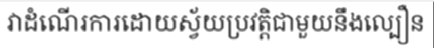
វាដំណើរការដោយស្វ័យប្រវត្តិជាមួយនឹងល្បឿន